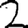
Digit: 2